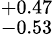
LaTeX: ^{+0.47}_{-0.53}